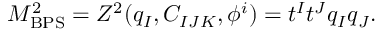
M _ { \mathrm { B P S } } ^ { 2 } = Z ^ { 2 } ( q _ { I } , C _ { I J K } , \phi ^ { i } ) = t ^ { I } t ^ { J } q _ { I } q _ { J } .